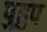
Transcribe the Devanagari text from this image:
पुहुप